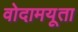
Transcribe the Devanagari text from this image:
वोदामयूता